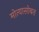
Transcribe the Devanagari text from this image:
मोत्यासोबत